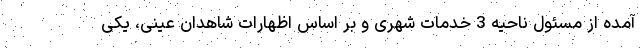
آمده از مسئول ناحیه 3 خدمات شهری و بر اساس اظهارات شاهدان عینی، یکی